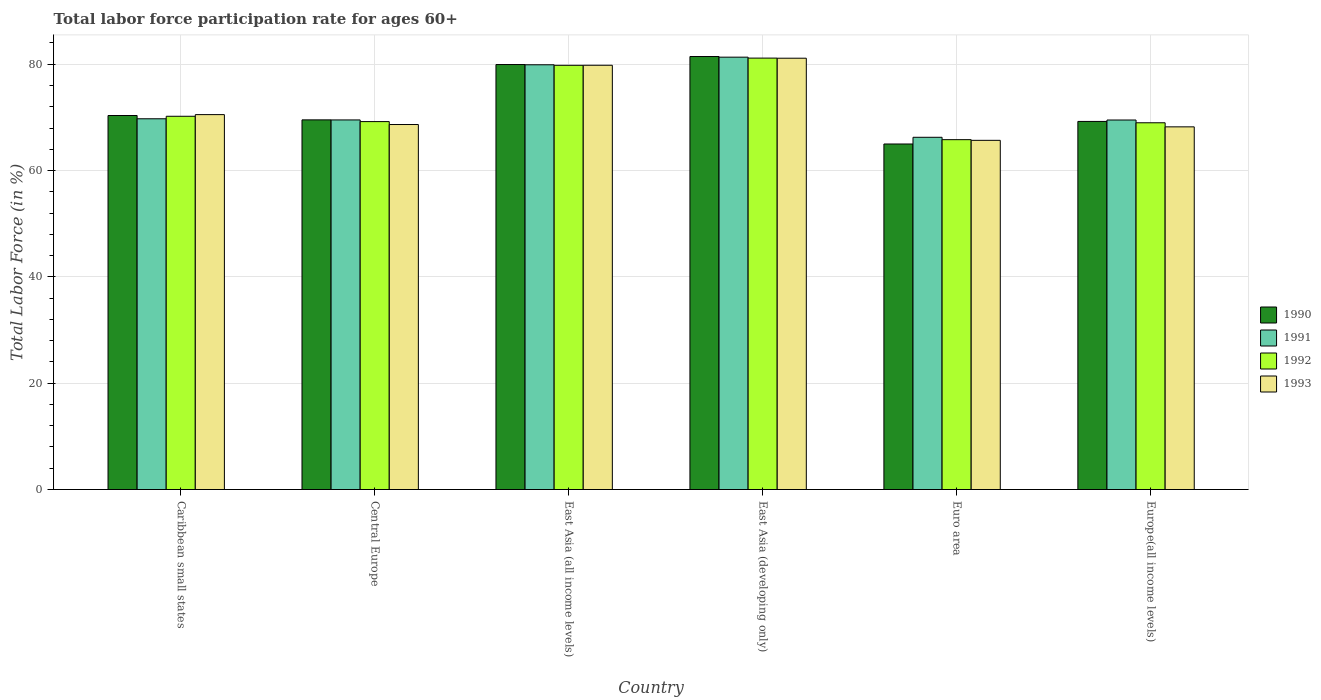
| Country | 1990 | 1991 | 1992 | 1993 |
 | --- | --- | --- | --- | --- |
 | Caribbean small states | 70.4 | 69.7 | 70.2 | 70.5 |
 | Central Europe | 69.5 | 69.5 | 69.2 | 68.7 |
 | East Asia (all income levels) | 79.9 | 79.9 | 79.8 | 79.8 |
 | East Asia (developing only) | 81.5 | 81.3 | 81.2 | 81.1 |
 | Euro area | 65 | 66.3 | 65.8 | 65.7 |
 | Europe(all income levels) | 69.2 | 69.5 | 69 | 68.2 |